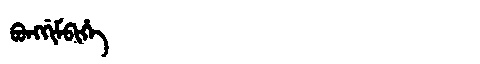
Manchu: ᠪᠣᠩᡤᡳᠮᠪᡳᡥᡝ
Romanization: BONGGIMBIHE